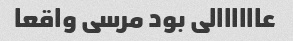
عاااااالی بود مرسی واقعا